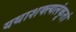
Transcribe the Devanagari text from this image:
यथाशक्त्यलंकृतां